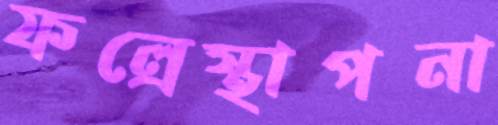
ফল্রেস্থাপনা